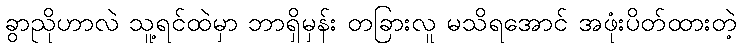
ခွာညိုဟာလဲ သူ့ရင်ထဲမှာ ဘာရှိမှန်း တခြားလူ မသိရအောင် အဖုံးပိတ်ထားတဲ့